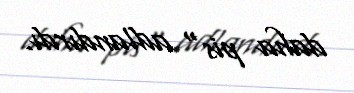
daha pis" adlandırdı.